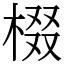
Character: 棳